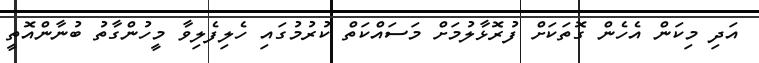
އަދި މިކަން އެހެން ގޮތަކަށް ފުރޮޅާލުމަށް މަސައްކަތް ކުރުމުގައި ހެލިފެލިވާ މީހުންގާތު ބުނާންއޮތީ